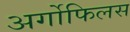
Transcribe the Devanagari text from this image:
अर्गोफिलस